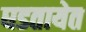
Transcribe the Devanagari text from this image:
घडतायेत